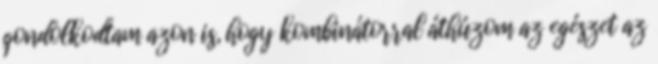
gondolkodtam azon is, hogy kombinátorral áthúzom az egészet az